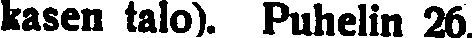
kasen talo). Puhelin 26.